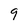
Character: 9